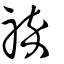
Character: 祽